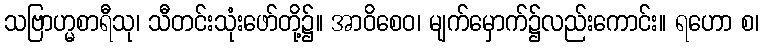
သဗြာဟ္မစာရီသု၊ သီတင်းသုံးဖော်တို့၌။ အာဝိစေဝ၊ မျက်မှောက်၌လည်းကောင်း။ ရဟော စ၊